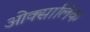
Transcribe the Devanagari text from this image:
ओक्सालिक